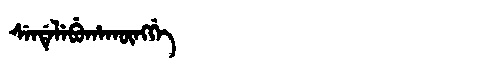
Manchu: ᠰᡝᠨᡩᡝᠯᡝᠪᡠᡥᠠᡴᡡᠩᡤᡝ
Romanization: SENDELEBUHAKŪNGGE